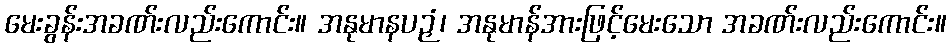
မေးခွန်းအခဏ်းလည်းကောင်း။ အနုမာနပဉှံ၊ အနုမာန်အားဖြင့်မေးသော အခဏ်းလည်းကောင်း။